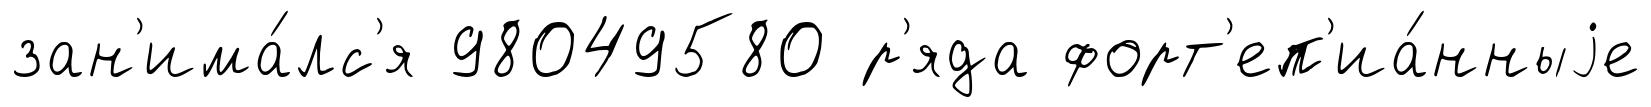
зан'има́лс'я 98049580 р'яда форт'еп'иа́нныjе